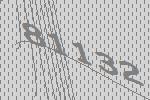
81132